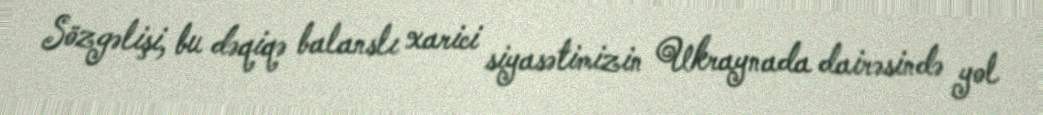
Sözgəlişi, bu dəqiqə balanslı xarici siyasətimizin Ukraynada dairəsində yol